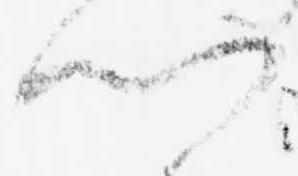
門